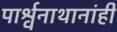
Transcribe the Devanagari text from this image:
पार्श्वनाथानांही